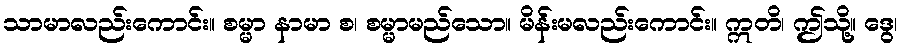
သာမာလည်းကောင်း။ စမ္မာ နာမာ စ၊ စမ္မာမည်သော။ မိန်းမလည်းကောင်း။ ဣတိ၊ ဤသို့။ ဒွေ၊